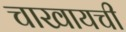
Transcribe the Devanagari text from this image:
चाखायची